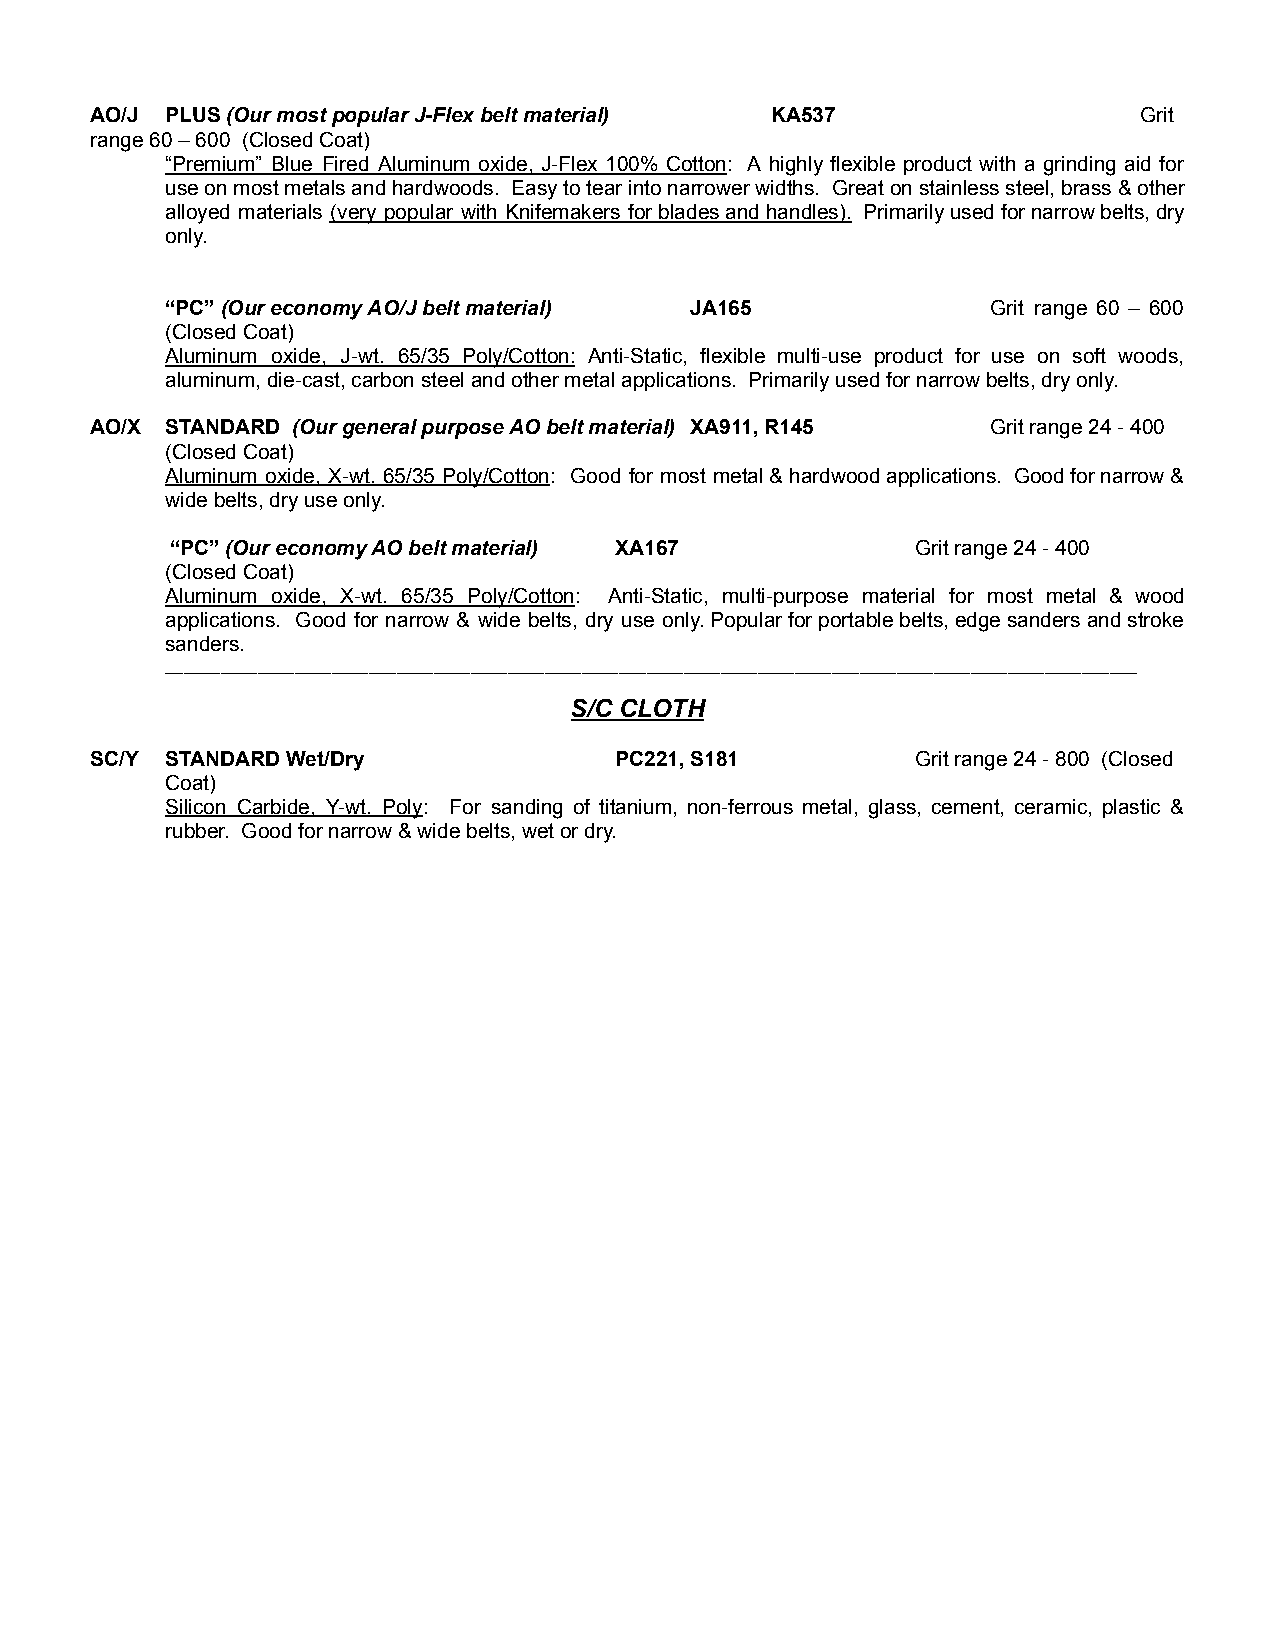
AO/J PLUS(Our most popular J-Flex belt material) KA537               Grit
 range 60 – 600 (Closed Coat)
 “Premium” Blue Fired Aluminum oxide, J-Flex 100% Cotton: A highly flexible product with a grinding aid for
 useonmostmetalsandhardwoods. Easytotearintonarrowerwidths. Greatonstainlesssteel,brass&other
 alloyed materials (very popular with Knifemakers forbladesandhandles). Primarilyusedfornarrowbelts,dry
 only.
 “PC”(OureconomyAO/Jbeltmaterial)   JA165               Grit range 60 – 600
 (Closed Coat)
 Aluminum oxide, J-wt. 65/35 Poly/Cotton: Anti-Static, flexible multi-use product for use on soft woods,
 aluminum, die-cast, carbon steel and other metal applications. Primarily used for narrow belts, dry only.
 AO/X STANDARD (Our general purpose AO belt material) XA911, R145 Grit range 24 - 400
 (Closed Coat)
 Aluminum oxide, X-wt. 65/35 Poly/Cotton: Good for most metal&hardwoodapplications. Goodfornarrow&
 wide belts, dry use only.
 “PC”(Our economy AO belt material) XA167          Gritrange 24 - 400
 (Closed Coat)
 Aluminum oxide, X-wt. 65/35 Poly/Cotton: Anti-Static, multi-purpose material for most metal & wood
 applications. Good for narrow & wide belts, dry use only.Popularforportablebelts,edgesandersandstroke
 sanders.
 _________________________________________________________________________________________________________
 S/C CLOTH
 SC/Y STANDARD Wet/Dry              PC221, S181         Grit range24 - 800 (Closed
 Coat)
 Silicon Carbide, Y-wt. Poly: For sanding of titanium, non-ferrous metal, glass, cement, ceramic, plastic &
 rubber. Good for narrow & wide belts, wet or dry.